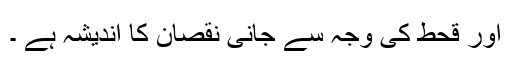
اور قحط کی وجہ سے جانی نقصان کا اندیشہ ہے ۔